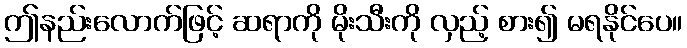
ဤနည်းလောက်ဖြင့် ဆရာကို မိုးသီးကို လှည့် စား၍ မရနိုင်ပေ။